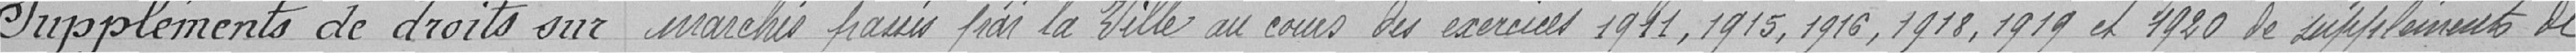
Suppléments de droits sur marchés passés par la Ville au cours des exercices 1911,1915,1916,1918,1919,et 1920 de suppléments de